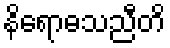
နိရောဓသညီတိ